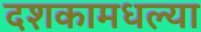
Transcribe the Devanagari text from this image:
दशकामधल्या